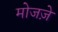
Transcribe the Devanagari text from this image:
मोजज़े